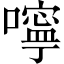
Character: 嚀